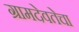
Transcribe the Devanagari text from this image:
ग्रामदेवतेचा